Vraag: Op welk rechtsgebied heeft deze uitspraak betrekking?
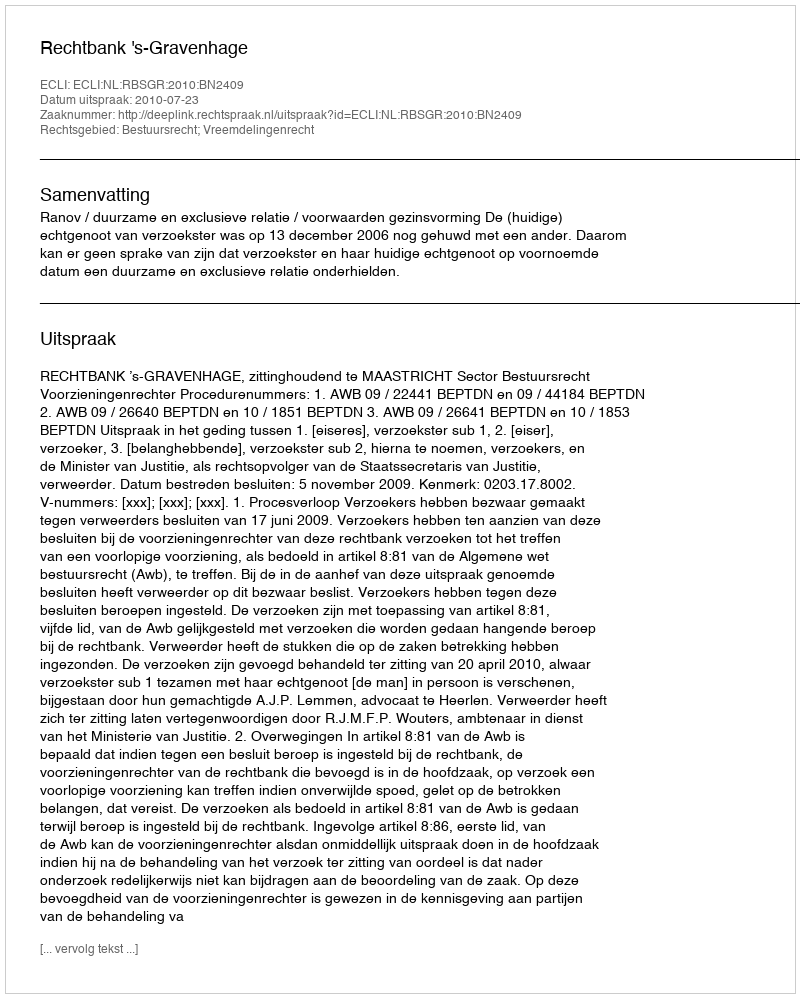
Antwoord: Bestuursrecht; Vreemdelingenrecht